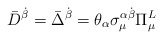
\begin{align*}\bar{D}^{\dot{\beta}} = \bar{\Delta}^{\dot{\beta}} = \theta_{\alpha} \sigma_{\mu}^{\alpha \dot{\beta}} \Pi_{\mu}^{L}\end{align*}